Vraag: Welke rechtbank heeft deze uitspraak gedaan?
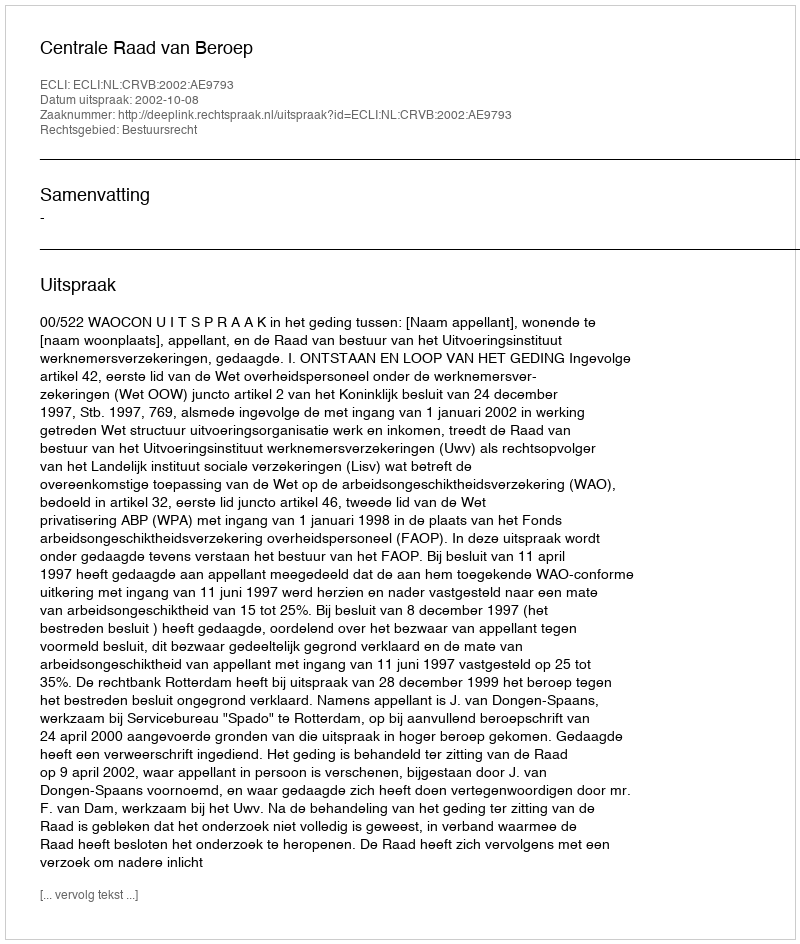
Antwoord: Centrale Raad van Beroep